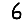
Digit: 6